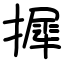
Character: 摨